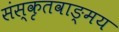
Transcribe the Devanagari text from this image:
संस्कृतवाङ्‌मय